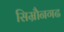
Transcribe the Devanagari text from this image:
सिम्रौनगढ